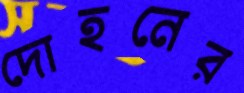
দোহনের